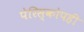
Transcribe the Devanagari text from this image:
पेरिस्कोपही